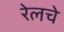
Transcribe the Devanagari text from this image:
रेलचे